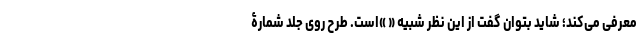
معرفی می‌کند؛ شاید بتوان گفت از این نظر شبیه « »است. طرح روی جلد شمارۀ